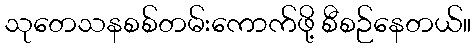
သုတေသနစစ်တမ်းကောက်ဖို့ စီစဉ်နေတယ်။